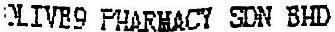
OLIVE9 PHARMACY SDN BHD